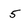
Character: 5